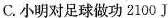
C.小明对足球做功2100J